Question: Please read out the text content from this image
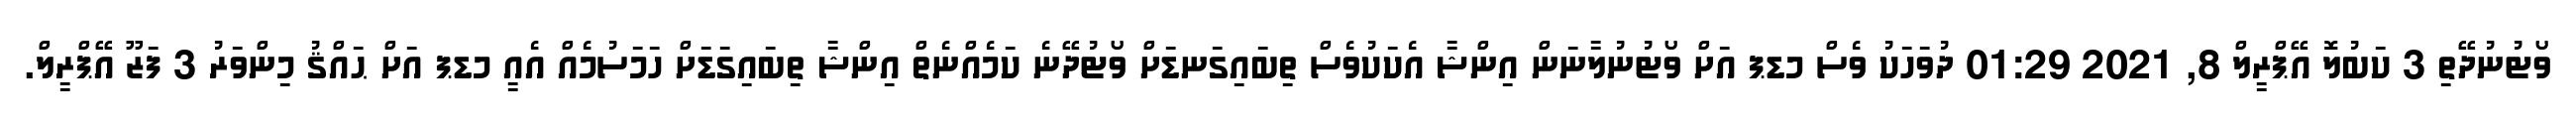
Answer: ވޯޓުނުދޭތި 3 ކަބުލޮ އޭޕްރީލް 8, 2021 01:29 ދުވަހަކު ވެސް މޑޕ އަށް ވޯޓުނުލާނަން އިންޝާ އެކަކުވެސް ތިބައިގަނޑަށް ވޯޓުދޭނެ ކަމެއްނެތް އިންޝާ ތިބައިގަޑަށް ހަމަސުމެއް އެއީ މޑޕ އަށް ޙައްޤު މިންވަރު 3 ފަޒޫ އޭޕްރީލް.